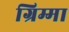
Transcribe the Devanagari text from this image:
ग्रिम्मा